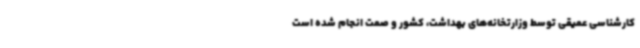
کارشناسی عمیقی توسط وزارتخانه‌های بهداشت، کشور و صمت انجام شده است